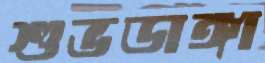
শুভডাঙ্গা